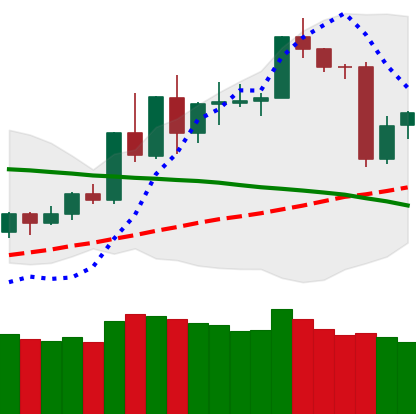
Ticker: TRX-USD
Chart end date: 2020-06-13
Forward return: -3.837%
Label: down_3_5